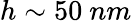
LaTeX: h\sim 50\ nm